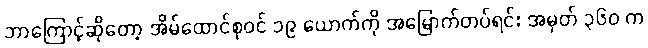
ဘာကြောင့်ဆိုတော့ အိမ်ထောင်စုဝင် ၁၉ ယောက်ကို အမြောက်တပ်ရင်း အမှတ် ၃၆၀ က